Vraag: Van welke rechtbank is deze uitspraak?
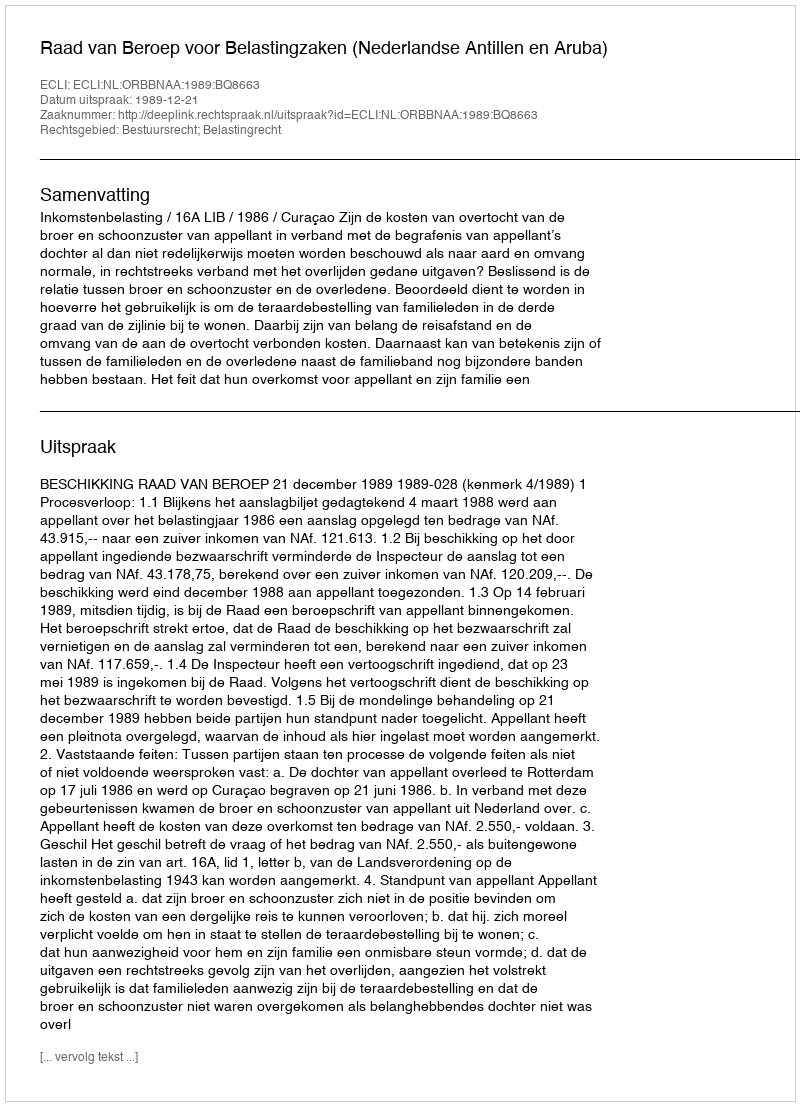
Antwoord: Raad van Beroep voor Belastingzaken (Nederlandse Antillen en Aruba)